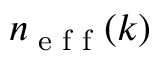
n _ { \textrm { e f f } } ( k )